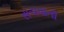
સચવાતી